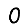
Digit: 0